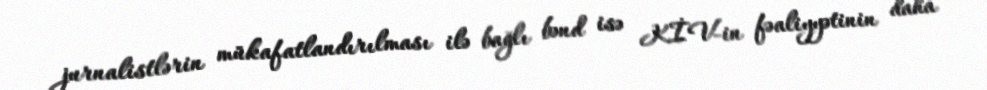
jurnalistlərin mükafatlandırılması ilə bağlı bənd isə KİV-in fəaliyyətinin daha